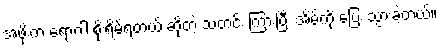
အဖိုးက ရောဂါ စိုးရိမ်ရတယ် ဆိုတဲ့ သတင်း ကြားပြီး အိမ်ကို ပြေး သွားခဲ့တယ်။